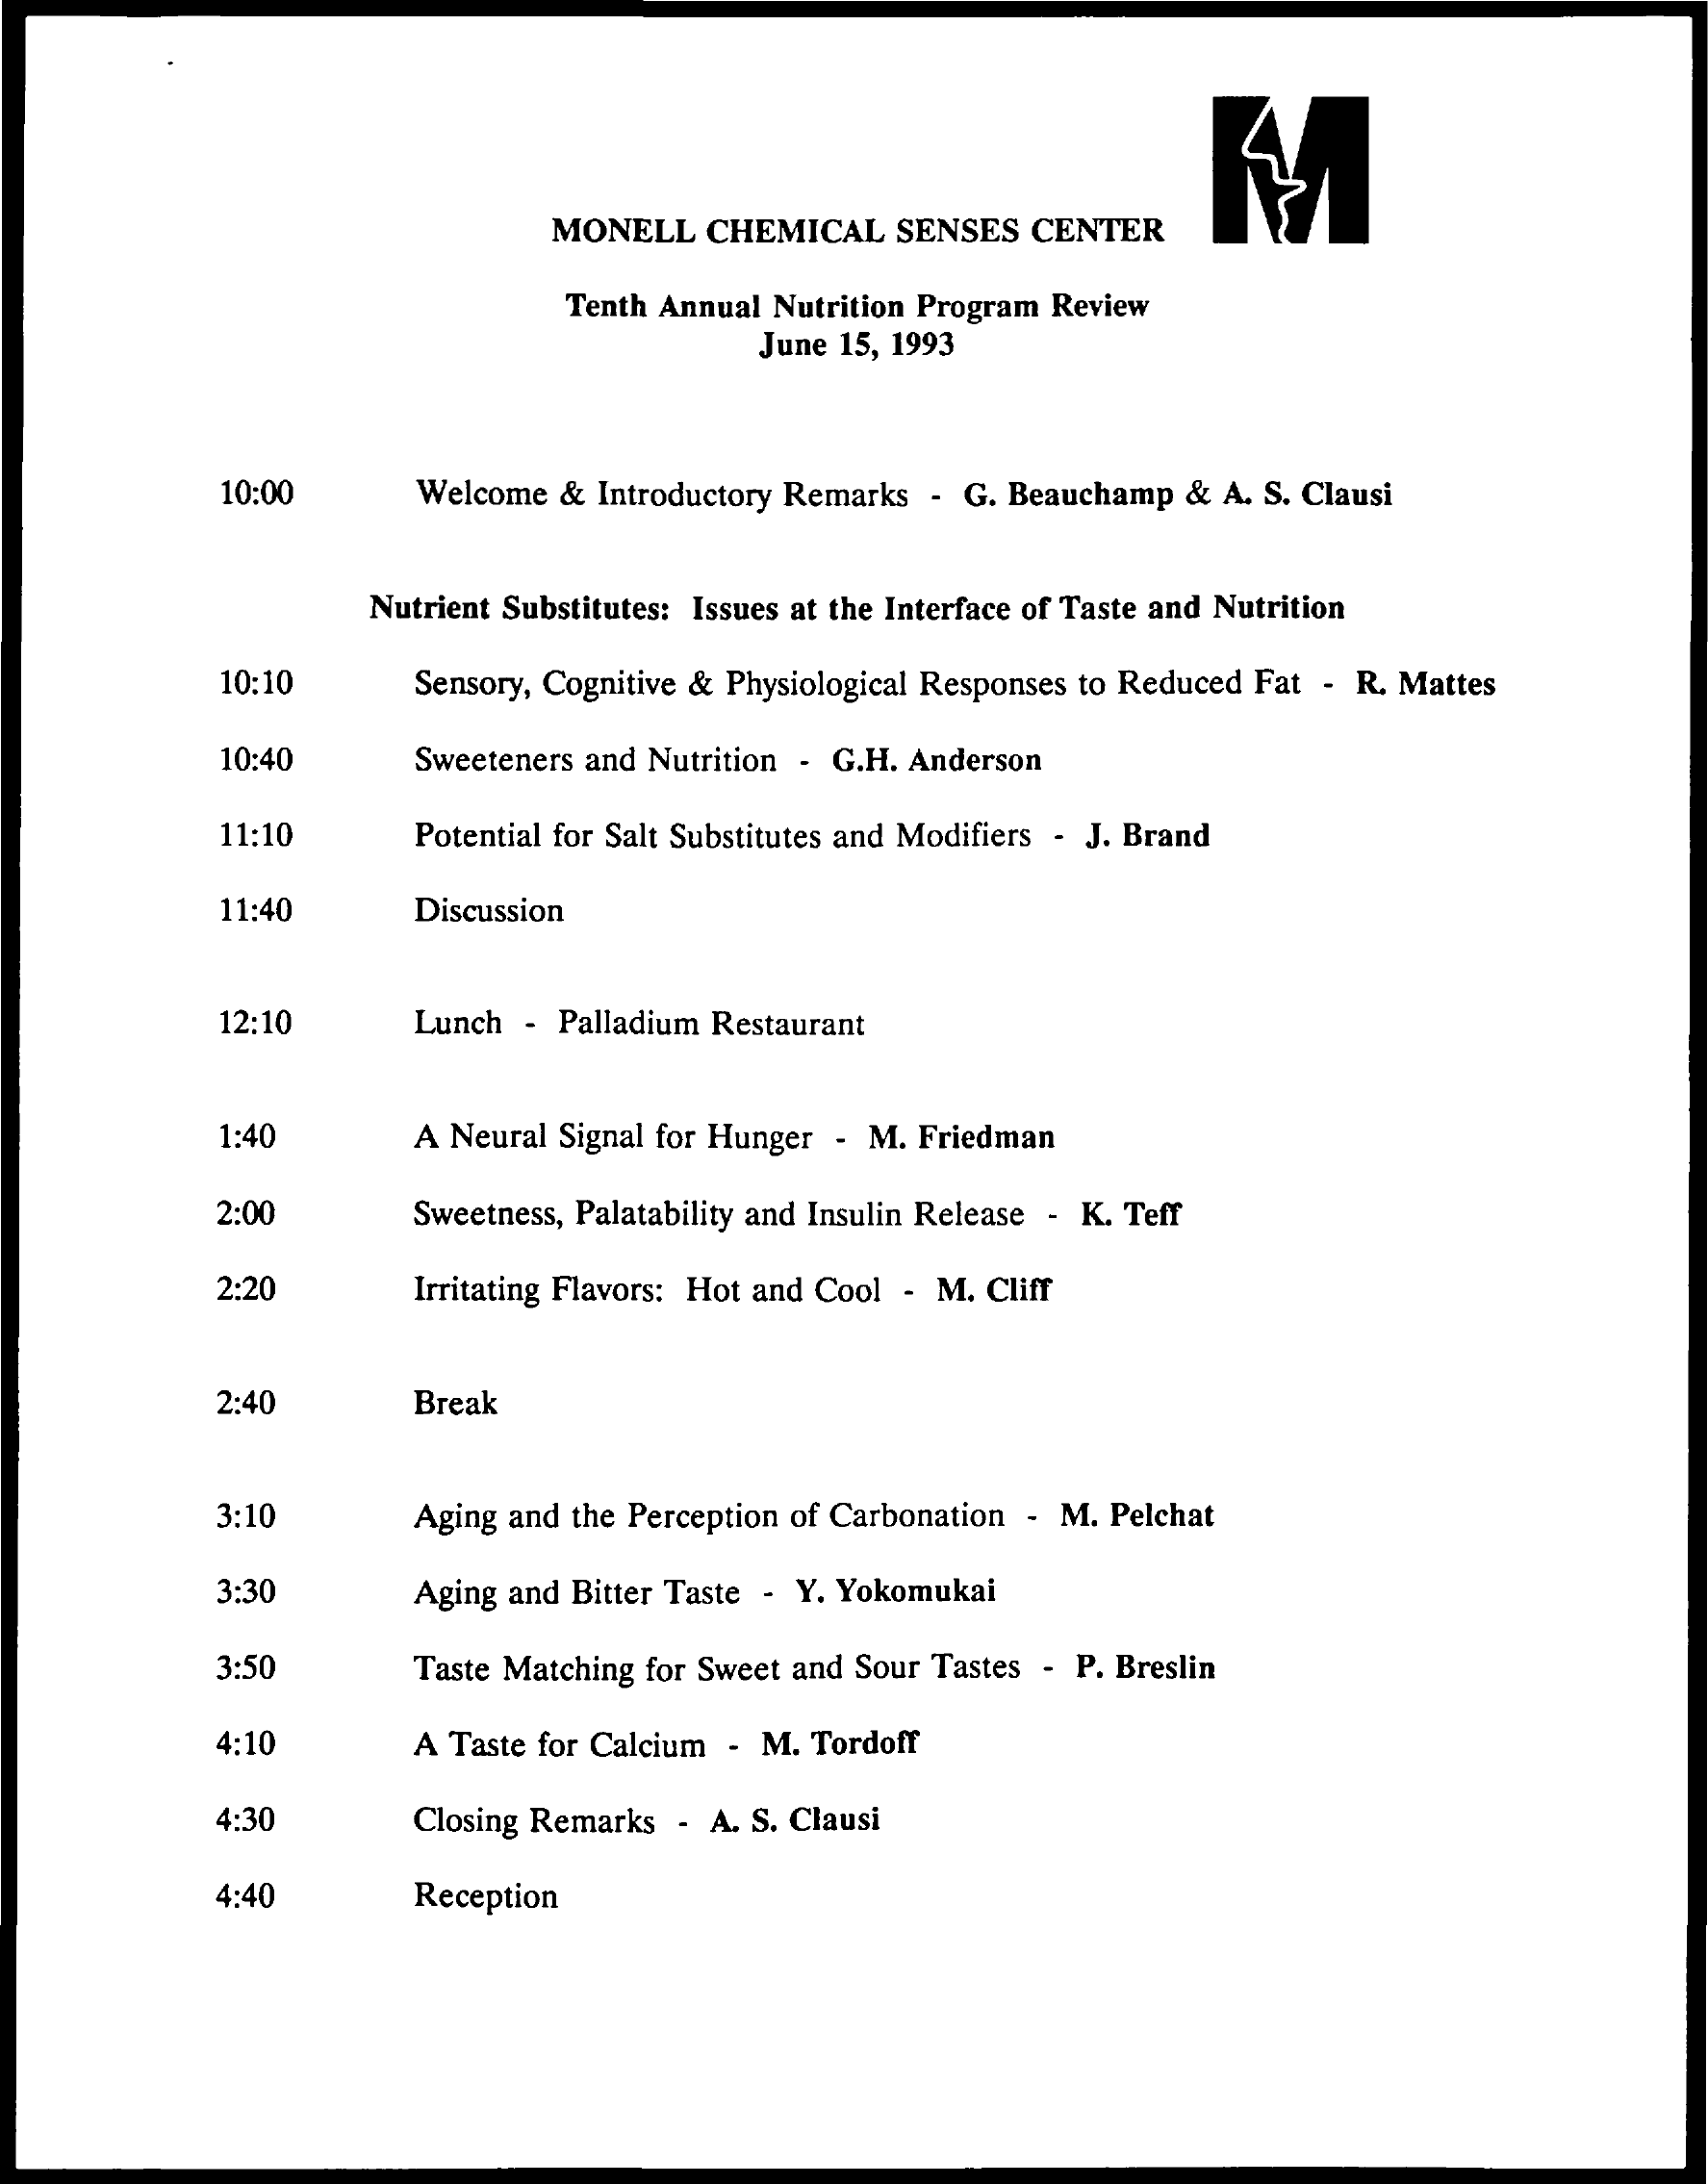
M
     MONELL CHEMICAL  SENSES CENTER
     Tenth Annual Nutrition Program Review
     June 15, 1993
     10:00    Welcome & Introductory Remarks - G. Beauchamp & A. S. Clausi
     Nutrient Substitutes: Issues at the Interface of Taste and Nutrition
     10:10    Sensory, Cognitive & Physiological Responses to Reduced Fat - R. Mattes
     10:40    Sweeteners and Nutrition - G.H. Anderson
     11:10    Potential for Salt Substitutes and Modifiers - J. Brand
     11:40    Discussion
     12:10    Lunch - Palladium Restaurant
     1:40    A Neural Signal for Hunger - M. Friedman
     2:00    Sweetness, Palatability and Insulin Release - K. Teff
     2:20    Irritating Flavors: Hot and Cool - M. Cliff
     2:40    Break
     3:10    Aging and the Perception of Carbonation - M. Pelchat
     3:30    Aging and Bitter Taste - Y. Yokomukai
     3:50    Taste Matching for Sweet and Sour Tastes - P. Breslin
     4:10    A Taste for Calcium - M. Tordoff
     4:30    Closing Remarks - A. S. Clausi
     4:40    Reception